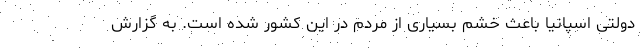
دولتی اسپانیا باعث خشم بسیاری از مردم در این کشور شده است. به گزارش